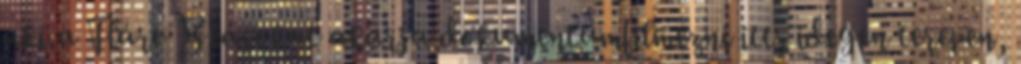
aki a Fláre Beásokat akarja dokumentumfilmezni itt, idegen terepen,